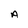
Character: A